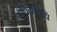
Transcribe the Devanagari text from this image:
संविदाविधि